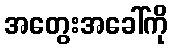
အတွေးအခေါ်ကို